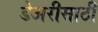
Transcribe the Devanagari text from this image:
डेअरीसाठी